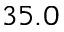
3 5 . 0